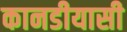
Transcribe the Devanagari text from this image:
कानडीयासी